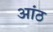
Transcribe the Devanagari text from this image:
आंठ